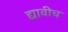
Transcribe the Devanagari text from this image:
द्यावीच